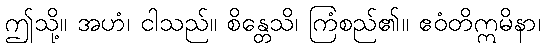
ဤသို့။ အဟံ၊ ငါသည်။ စိန္တေသိ၊ ကြံစည်၏။ ဧဝံတိဣမိနာ၊